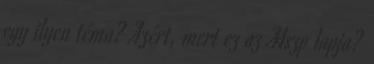
egy ilyen téma? Azért, mert ez az Mszp lapja?